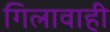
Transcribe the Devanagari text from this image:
गिलावाही